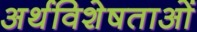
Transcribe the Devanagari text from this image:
अर्थविशेषताओं